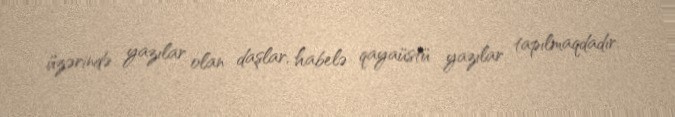
üzərində yazılar olan daşlar, habelə qayaüstü yazılar tapılmaqdadır.